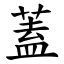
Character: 蓋